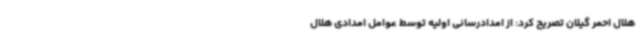
هلال احمر گیلان تصریح کرد: از امدادرسانی اولیه توسط عوامل امدادی هلال